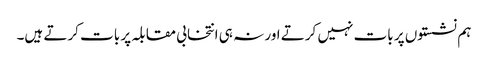
ہم نشستوں پر بات نہیں کرتے اور نہ ہی انتخابی مقابلہ پر بات کرتے ہیں۔